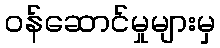
ဝန်ဆောင်မှုများမှ